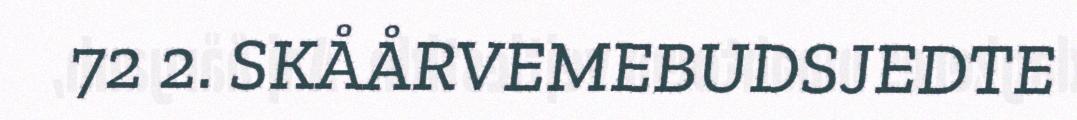
72 2. SKÅÅRVEMEBUDSJEDTE